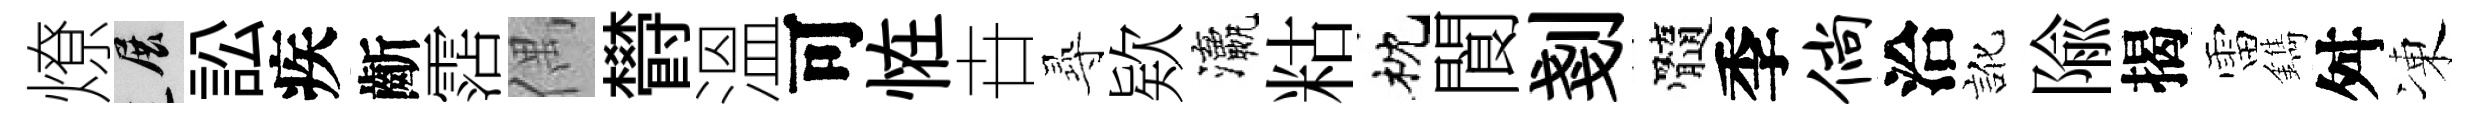
燎展訟疾齗霑偶欎溫可恠卋𡬶欵瀛䊀枕閬剗髓季倘洽訛隃揭雷鐫舛凍